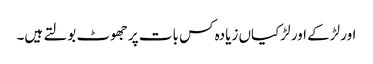
اور لڑکے اور لڑکیاں زیادہ کس بات پر جھوٹ بولتے ہیں۔